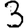
Digit: 3